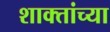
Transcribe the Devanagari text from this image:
शाक्तांच्या